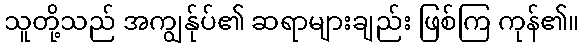
သူတို့သည် အကျွန်ုပ်၏ ဆရာများချည်း ဖြစ်ကြ ကုန်၏။